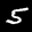
Label: 5